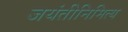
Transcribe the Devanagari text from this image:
जयंतीनिमित्य